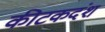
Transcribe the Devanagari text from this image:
कीटकदंश